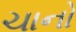
ચાનો